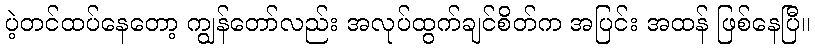
ပဲ့တင်ထပ်နေတော့ ကျွန်တော်လည်း အလုပ်ထွက်ချင်စိတ်က အပြင်း အထန် ဖြစ်နေပြီ။